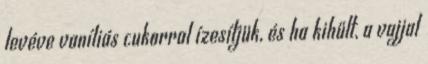
levéve vaníliás cukorral ízesítjük, és ha kihűlt, a vajjal